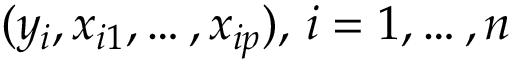
( y _ { i } , x _ { i 1 } , \ldots , x _ { i p } ) , \, i = 1 , \ldots , n